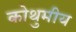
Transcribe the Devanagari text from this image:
कोथुमीय